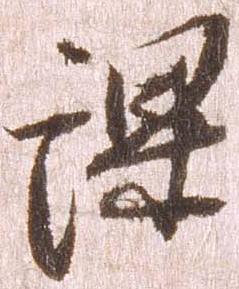
課